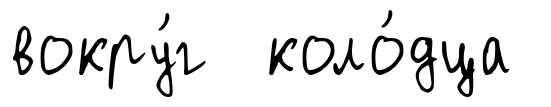
вокру́г коло́дца